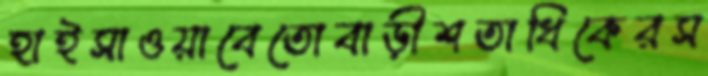
হাইসাওয়াবেতোবাড়ীশতাধিকেরস